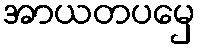
အာယတပမှေ